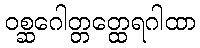
ဝစ္ဆဂေါတ္တတ္ထေရဂါထာ